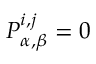
P _ { \alpha , \beta } ^ { i , j } = 0